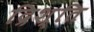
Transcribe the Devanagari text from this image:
द्रिश्ति